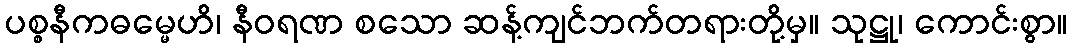
ပစ္စနီကဓမ္မေဟိ၊ နီဝရဏ စသော ဆန့်ကျင်ဘက်တရားတို့မှ။ သုဋ္ဌု၊ ကောင်းစွာ။